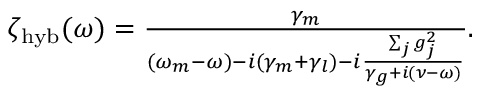
\begin{array} { r } { \zeta _ { \mathrm { h y b } } ( \omega ) = \frac { \gamma _ { m } } { ( \omega _ { m } - \omega ) - i ( \gamma _ { m } + \gamma _ { l } ) - i \frac { \sum _ { j } g _ { j } ^ { 2 } } { \gamma _ { g } + i ( \nu - \omega ) } } . } \end{array}